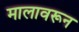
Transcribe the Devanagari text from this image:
मालावरून